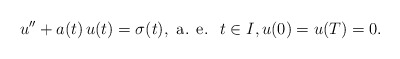
\begin{align*}u^{\prime\prime}+a(t)\,u(t)=\sigma(t),\mbox{ a. e. }\;t\in I,u(0)=u(T)=0.\end{align*}